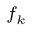
\scriptstyle f _ { k }